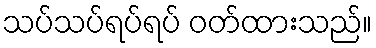
သပ်သပ်ရပ်ရပ် ဝတ်ထားသည်။